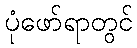
ပုံဖော်ရာတွင်